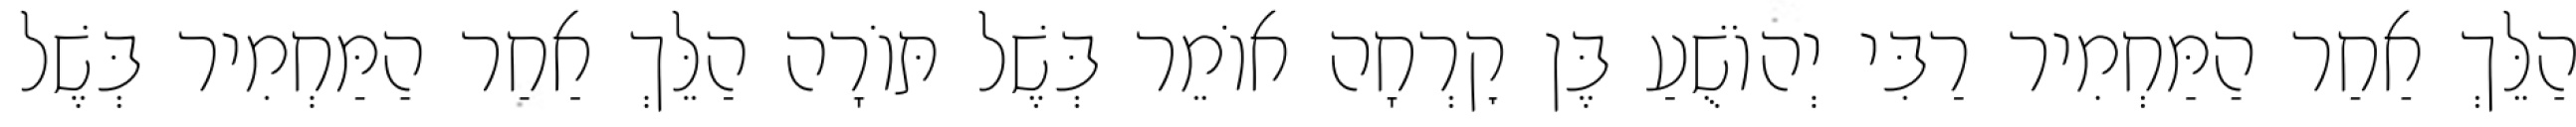
הַלֵּךְ אַחַר הַמַּחְמִיר רַבִּי יְהוֹשֻׁעַ בֶּן קׇרְחָה אוֹמֵר בְּשֶׁל תּוֹרָה הַלֵּךְ אַחַר הַמַּחְמִיר בְּשֶׁל